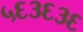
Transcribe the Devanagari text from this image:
५६३६३६